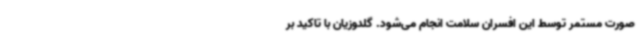
صورت مستمر توسط این افسران سلامت انجام می‌شود. گلدوزیان با تاکید بر